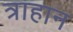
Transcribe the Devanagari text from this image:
त्राहान